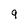
Character: 9